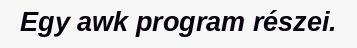
Egy awk program részei.